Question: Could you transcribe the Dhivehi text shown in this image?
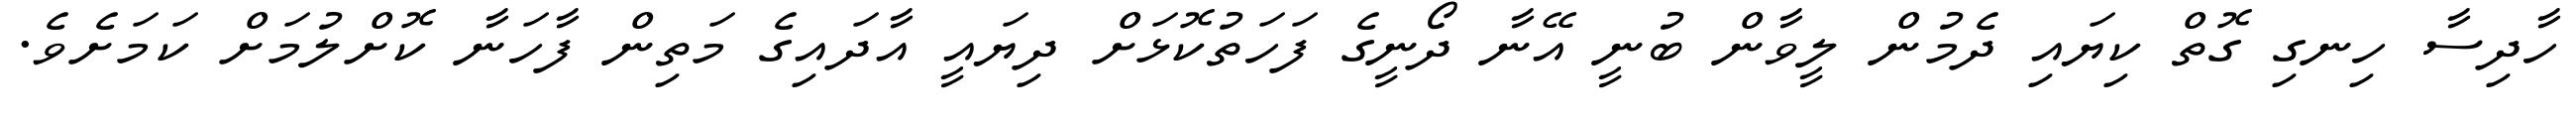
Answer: ހާދިސާ ހިނގި ގޮތް ކިޔައި ދެމުން ލީވާން ބުނީ އޭނާ ދޯނީގެ ފަހަތުކޮޅަށް ދިޔައީ އާދައިގެ މަތިން ފާހަނާ ކޮށްލުމަށް ކަމަށެވެ.